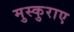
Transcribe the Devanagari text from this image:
मुस्कुराए